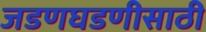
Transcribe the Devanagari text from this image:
जडणघडणीसाठी